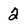
Character: 2